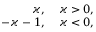
\begin{array} { r l } { \varkappa , } & { { } \: \varkappa > 0 , } \\ { - \varkappa - 1 , } & { { } \: \varkappa < 0 , } \end{array}